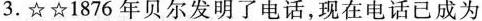
3.☆☆1876年贝尔发明了电话，现在电话已成为